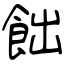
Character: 飿